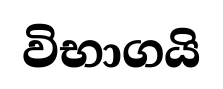
විභාගයි